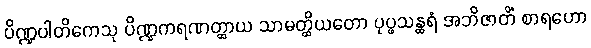
ပိဏ္ဍပါတိကေသု ပိဏ္ဍကရဏတ္ထာယ သာမတ္ထိယတော ပုပ္ဖသန္ထရံ အဘိဇာတိံ စာရဟော